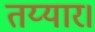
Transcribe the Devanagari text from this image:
तय्यार।